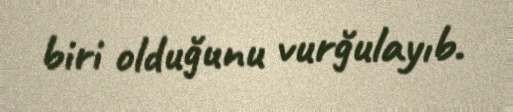
biri olduğunu vurğulayıb.